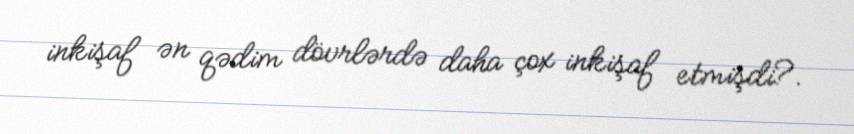
inkişaf ən qədim dövrlərdə daha çox inkişaf etmişdi?.